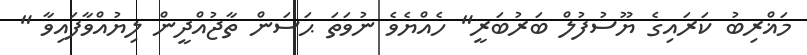
މަޣްރިބު ކަރައިގެ ޔޫސުފުލް ބަރުބަރީ" ހެއްޔެވެ ނުވަތަ ޙަސަން ތާޖުއްދީން ލިޔުއްވާފައިވާ "